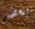
بعض